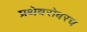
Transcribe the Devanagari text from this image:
प्रथेबरोबरच